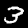
Label: 3